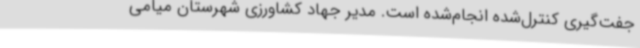
جفت‌گیری کنترل‌شده انجام‌شده است. مدیر جهاد کشاورزی شهرستان میامی